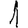
Digit: 1